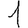
Digit: 1